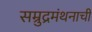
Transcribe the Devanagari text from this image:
सम्रुद्रमंथनाची